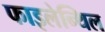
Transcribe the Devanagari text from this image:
फाइलेन्थिल